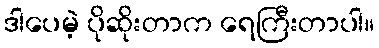
ဒါပေမဲ့ ပိုဆိုးတာက ရေကြီးတာပါ။